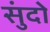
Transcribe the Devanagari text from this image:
सुंदो